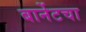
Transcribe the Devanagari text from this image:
बार्नेटचा